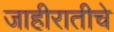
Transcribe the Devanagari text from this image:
जाहीरातीचे